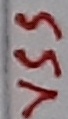
Text: VSS